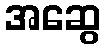
အဆွေ